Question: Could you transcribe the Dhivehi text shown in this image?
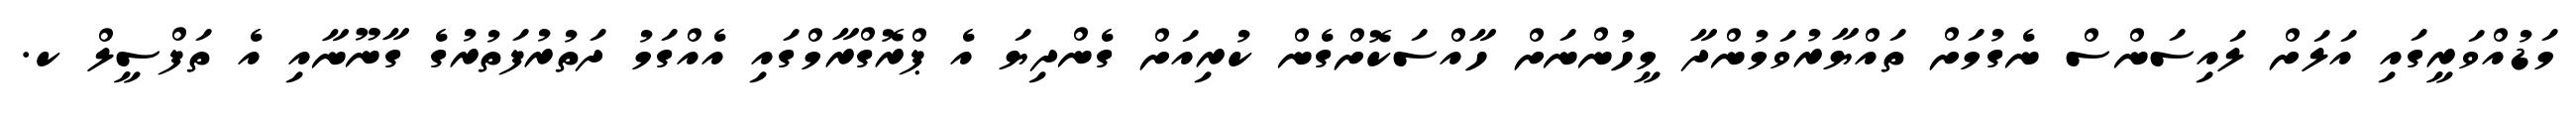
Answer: މަޑުއްވަރީގައި އަލަށް ލައިސަންސް ނެގުމަށް ތައްޔާރުވަމުންދާ މީހުންނަށް ހާއްސަކޮށްގެން ކުރިއަށް ގެންދިޔަ އެ ޕްރޮގްރާމްގައި އެއްގަމު ދަތުރުފަތުރުގެ ގާނޫނާއި އެ ތަފްސީލް ކ.